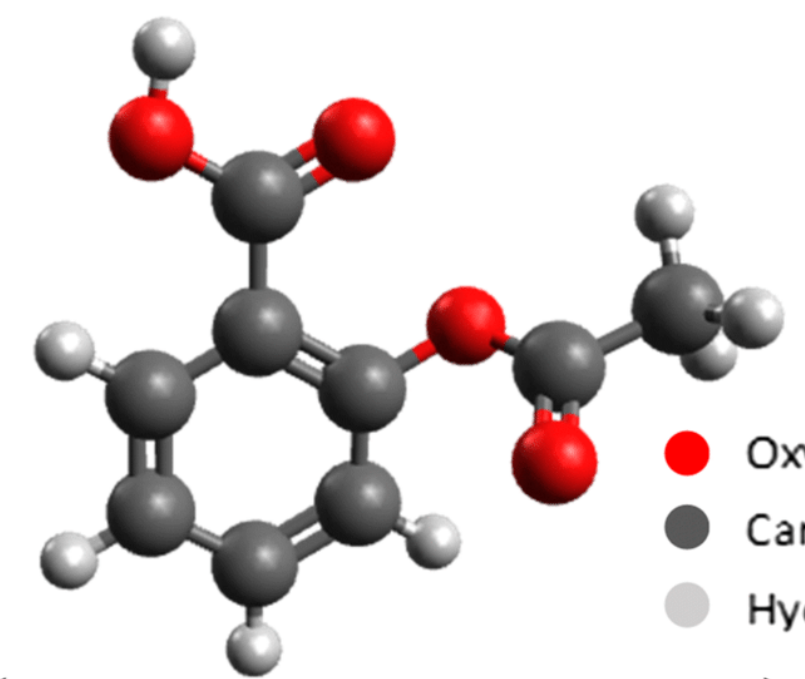
avogadro, ball and sticks